Document type: Emphyteutic lease
Year: 1295
Scribe: Pere de Noguera, prevere
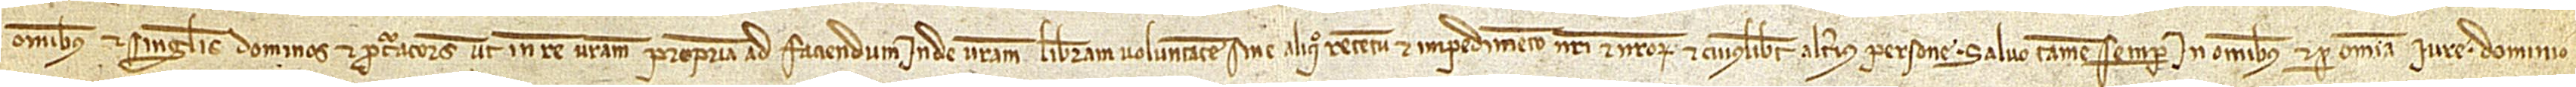
omnibus et singulis dominos et procuratores ut in rem vestram propriam ad faciendum inde vestram liberam voluntatem sine aliquo retentu et impedimento nostri et nostrorum et cuiuslibet alterius persone, salvo tamen semper in omnibus et per omnia iure, dominio,